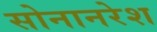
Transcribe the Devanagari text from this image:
सोनानरेश